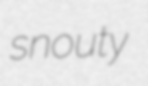
snouty